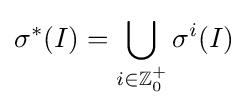
\sigma ^{*}(I)=\bigcup _{i\in \mathbb {Z} _{0}^{+}}\sigma ^{i}(I)